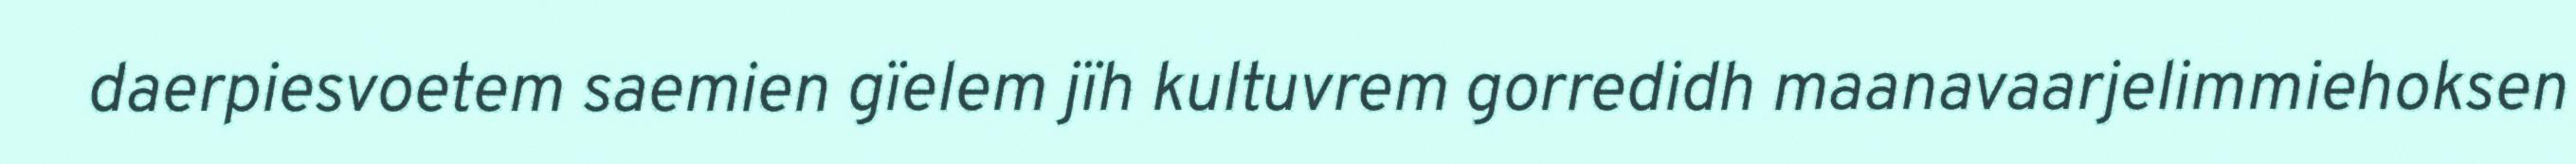
daerpiesvoetem saemien gïelem jïh kultuvrem gorredidh maanavaarjelimmiehoksen